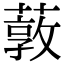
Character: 䔻